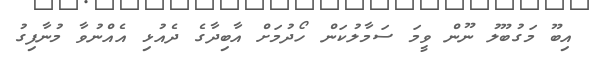
އިބޫ މަގުބޫލު ނޫން ވީމަ ސަމާލުކަން ހޯދުމަށް އާބިދާގެ ދެއުޅި އެއްނުވާ މުނާފިގު